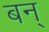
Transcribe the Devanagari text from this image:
बन्